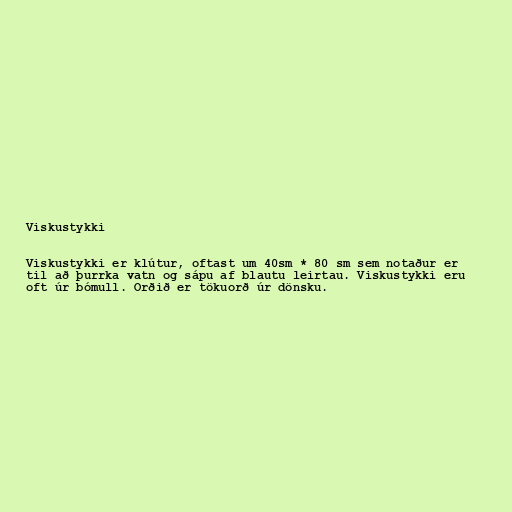
Viskustykki

Viskustykki er klútur, oftast um 40sm * 80 sm sem notaður er
til að þurrka vatn og sápu af blautu leirtau. Viskustykki eru
oft úr bómull. Orðið er tökuorð úr dönsku.